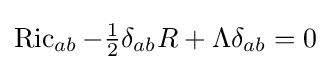
\operatorname {Ric} _{ab}-{\tfrac {1}{2}}\delta _{ab}R+\Lambda \delta _{ab}=0